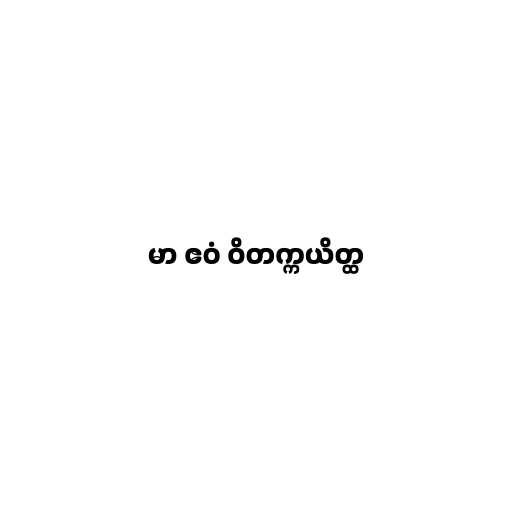
မာ ဧဝံ ဝိတက္ကယိတ္ထ